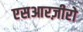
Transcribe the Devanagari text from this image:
एसआरज़ीरो